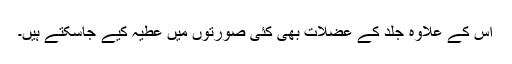
اِس کے علاوہ جِلد کے عضلات بھی کئی صورتوں میں عطیہ کیے جاسکتے ہیں۔